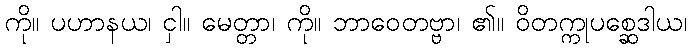
ကို။ ပဟာနယ၊ ငှါ။ မေတ္တာ၊ ကို။ ဘာဝေတဗ္ဗာ၊ ၏။ ဝိတက္ကုပစ္ဆေဒါယ၊